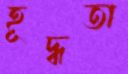
হূদ্ধতা